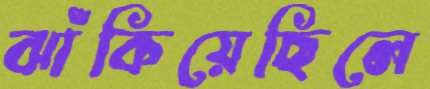
ঝাঁকিয়েছিলে